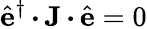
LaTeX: \hat{\mathbf{e}}^{\dagger}\, {\boldsymbol{\cdot}}\, {\mathbf{J}}\, {\boldsymbol{\cdot}}\, \hat{\mathbf{e}}=0